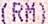
(RM)